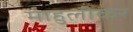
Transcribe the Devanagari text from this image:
माहुलीकर